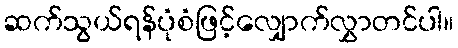
ဆက်သွယ်ရန်ပုံစံဖြင့်လျှောက်လွှာတင်ပါ။